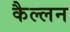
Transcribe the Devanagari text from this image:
कैल्लन